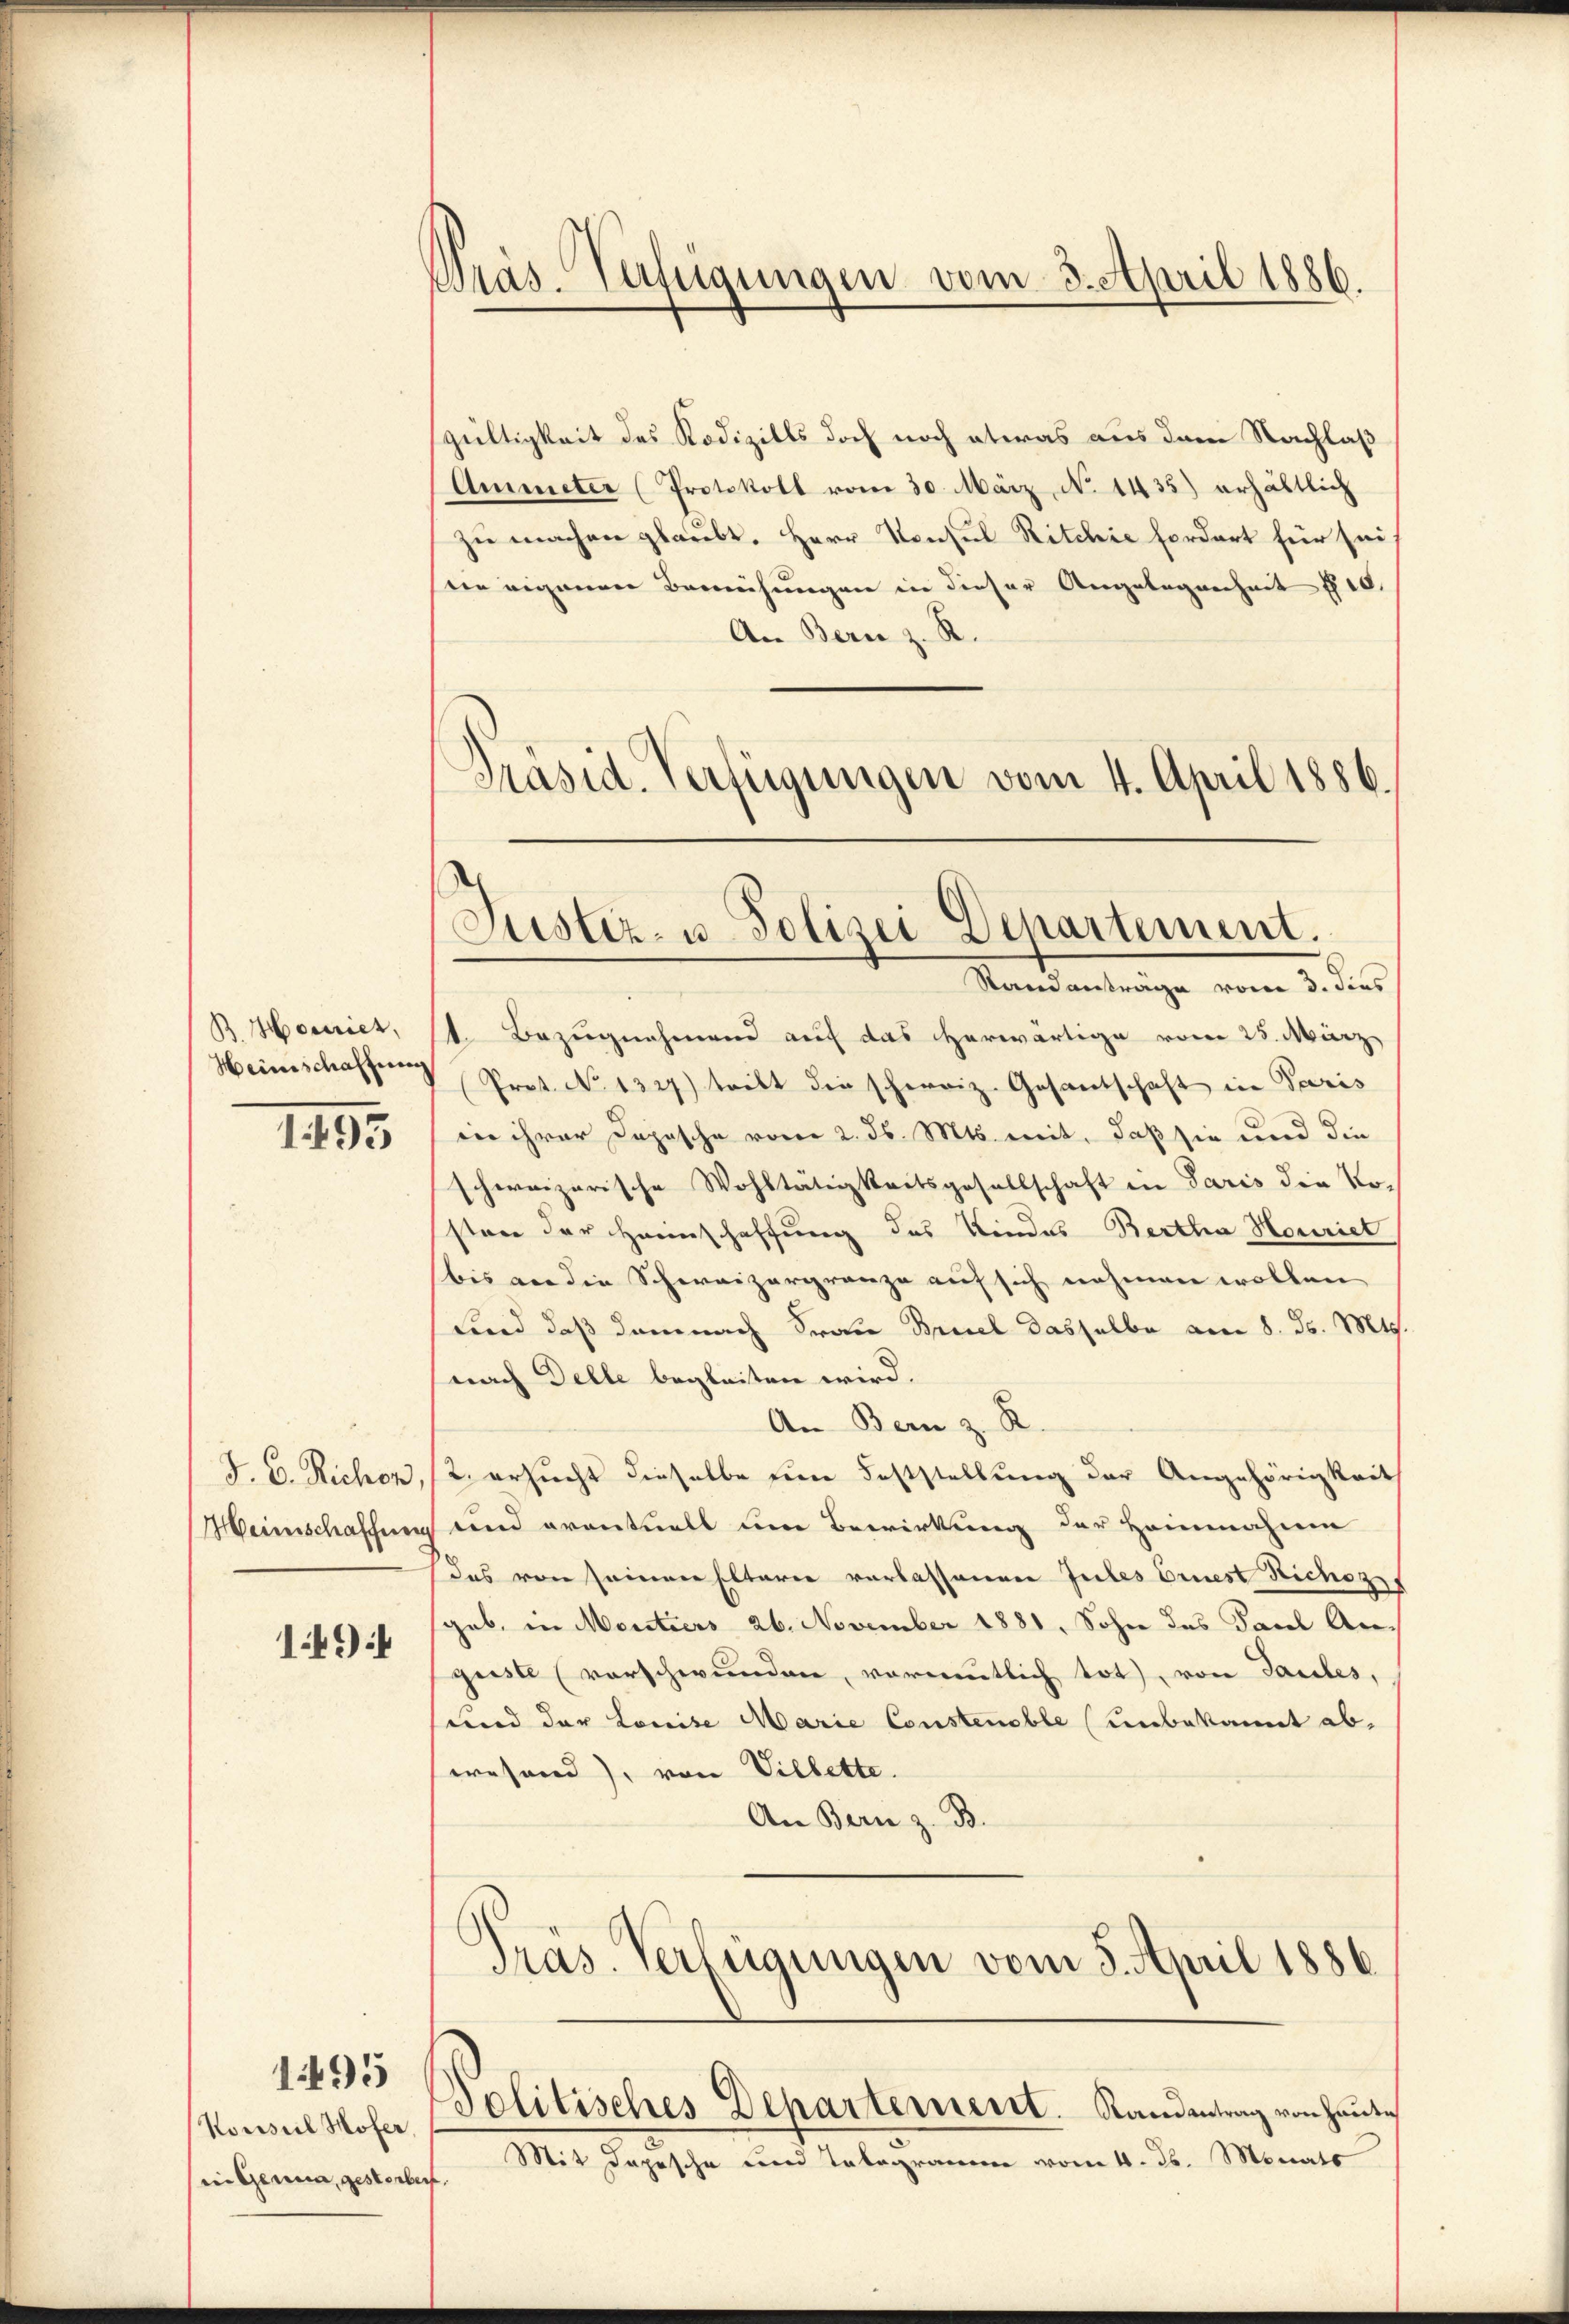
B.Hociriet,
Heimschaffung

1495

J. V. Richen,
Heinschaffnen

1494

Konsul Hofer,
sein Genua, gesterben.

1495

Präs. Verfügungen vom 3. April 1886.

gültigkeit des Rodizills doch noch etwas aus dem Nachlaß
Ammeter (Protokoll vom 30. März, No. 1435) erhältlich
zu machen glaubt. Herr Konsul Ritchie fordert für seidie eigenen Bemühungen in dieser Angelegenheit 10.
An Bern z. R.
Präsid. Verfügungen vom 4. April 1886.

Justiz- u Polizei Departement.

Standantrage vom 3. dies
1. Bezugnahmend auf das herwärtige vom 25. März
Prot. No. 1347) tritt die schweiz. Gesantschaft in Paris
iin ihrer Dopische vorer 2. ds. Mts. mit, daß sie und die
schweizerische Wohltätigkeitsgesellschaft in Paris die Ko-
sten der Haunschaffung des Kindes Bertha Houriel
bis an die Schweizergrenze auf sich nehmen wollen
Kind daß demnach Frau Brudel dasselbe am 8. d. Mts.
nach Delle begleiten wird.
An Bern z. R.
2. ersucht dieselbe den Feststellung der Angehörigkeit
und eventuell um Bewirkung der Heinnahmen
Das von seinen Elterie verlassenen Gutes Ernest Richoz
geb, in Montiers 26. November 1881, Sohn das Pacel Angeiste (vorschwunden, vormutlich tot, von Taubes,
und der Louise Marie Constenoble (unbekannt ab-
wesend), von Villette.
An Bern z. B.
Pras. Verfügungen vom 5. April 1886.

Mit Depesche und Tabegramm vom 4. ds. Monats

Politisches Departement. Randentrag von Heute